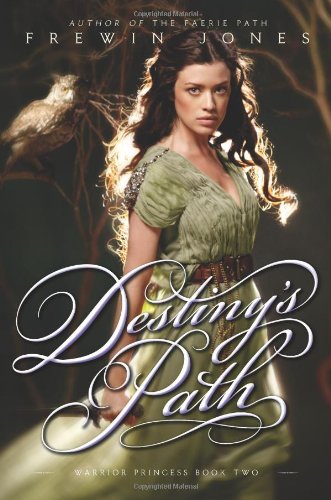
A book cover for Warrior Princess #2: Destiny's Path; Frewin Jones; Teen & Young Adult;